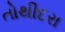
તોથીદરા